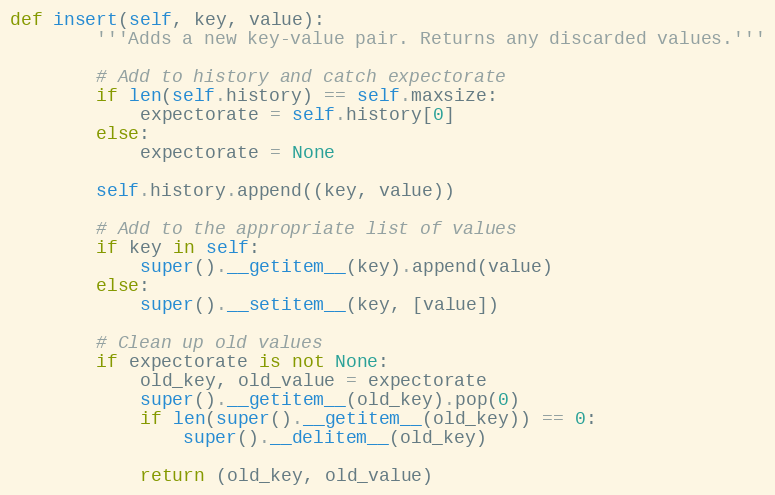
Language: Python
def insert(self, key, value):
        '''Adds a new key-value pair. Returns any discarded values.'''

        # Add to history and catch expectorate
        if len(self.history) == self.maxsize:
            expectorate = self.history[0]
        else:
            expectorate = None

        self.history.append((key, value))

        # Add to the appropriate list of values
        if key in self:
            super().__getitem__(key).append(value)
        else:
            super().__setitem__(key, [value])

        # Clean up old values
        if expectorate is not None:
            old_key, old_value = expectorate
            super().__getitem__(old_key).pop(0)
            if len(super().__getitem__(old_key)) == 0:
                super().__delitem__(old_key)

            return (old_key, old_value)